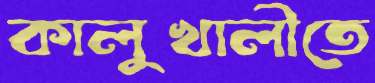
কালুখালীতে